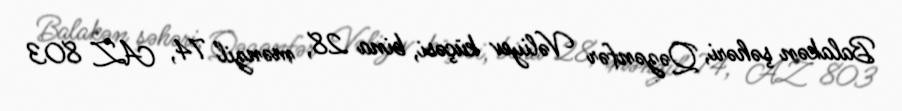
Balakən şəhəri, Qəzənfər Vəliyev küçəsi, bina 28, mənzil 74, AZ 803